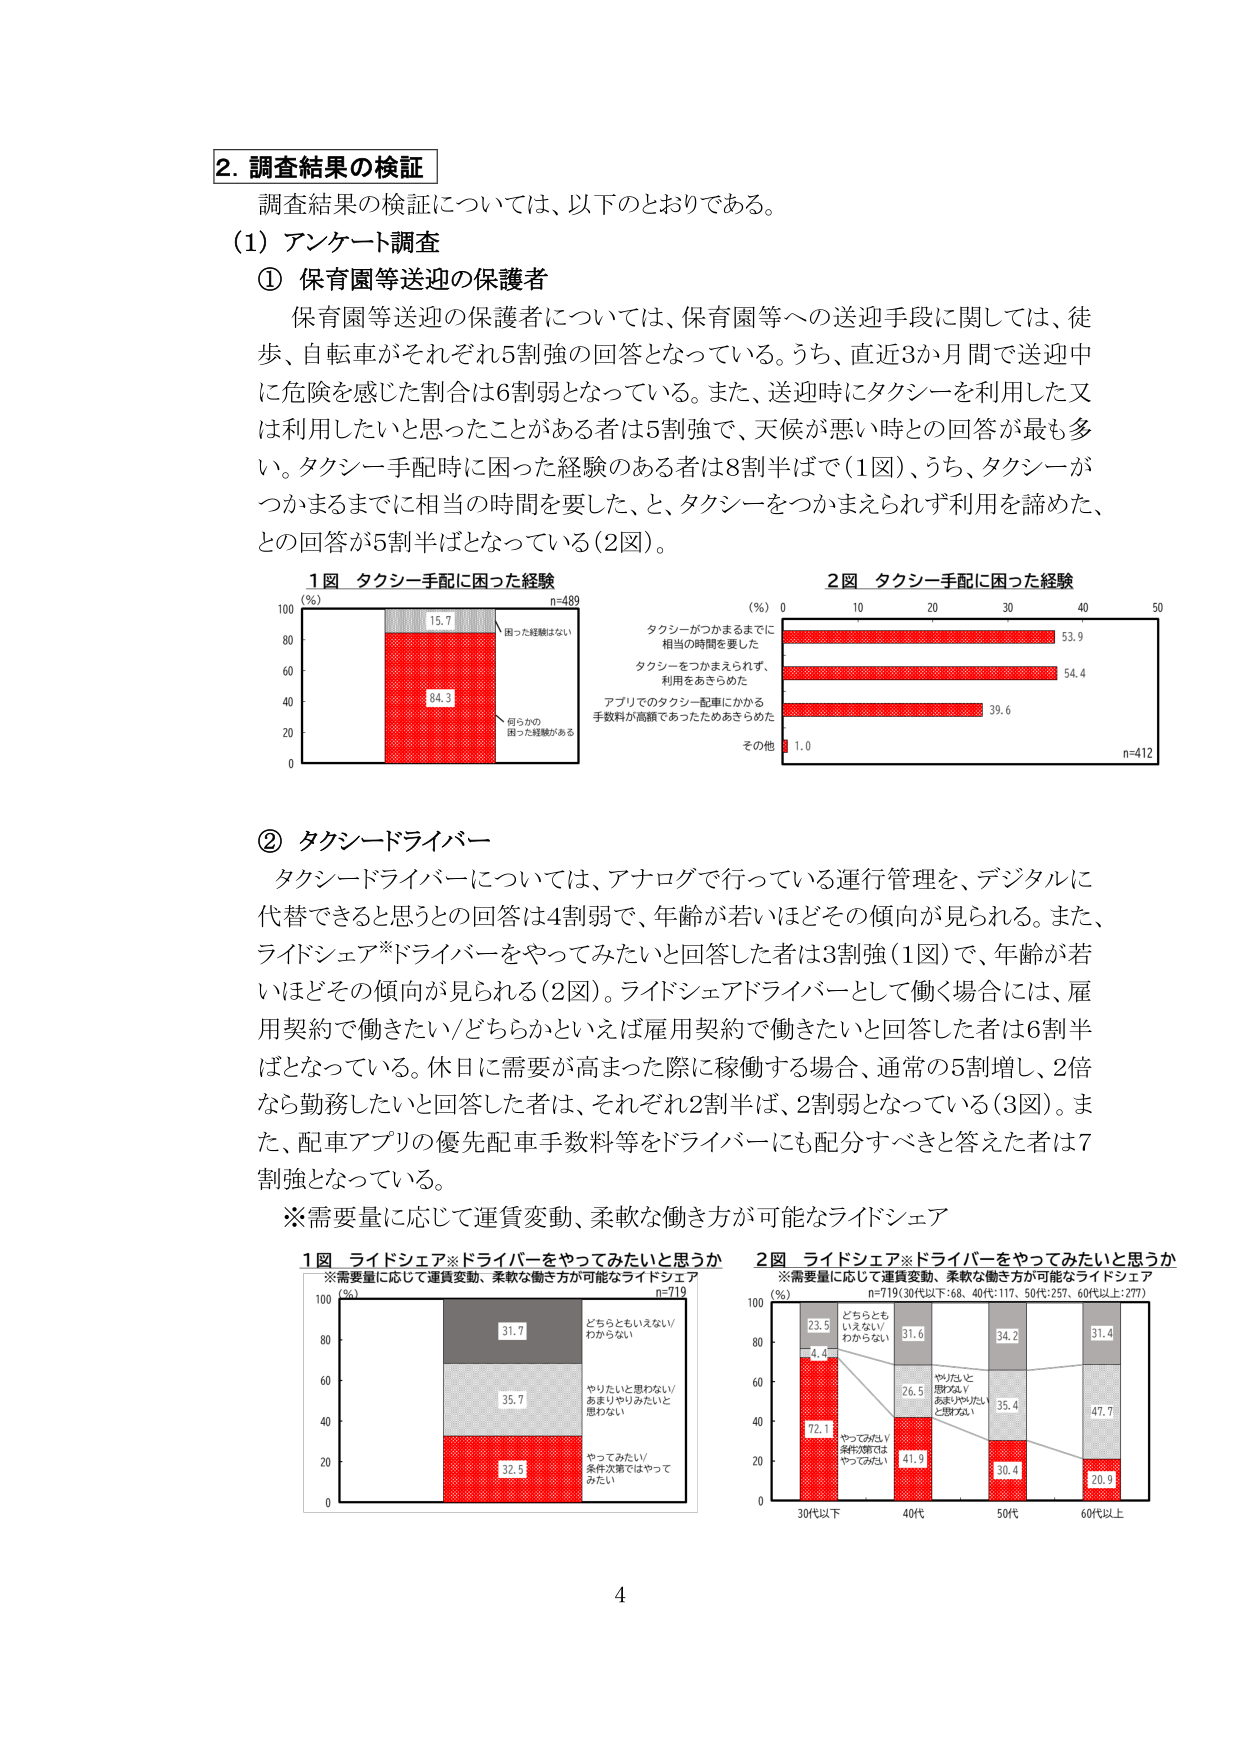
2. 調査結果の検証
調査結果の検証については、以下のとおりである。

(1) アンケート調査

① 保育園等送迎の保護者
保育園等送迎の保護者については、保育園等への送迎手段に関しては、徒歩、自転車がそれぞれ5割強の回答となっている。うち、直近3か月間で送迎中に危険を感じた割合は6割弱となっている。また、送迎時にタクシーを利用した又は利用したいと思ったことがある者は5割強で、天候が悪い時との回答が最も多い。タクシー手配時に困った経験のある者は8割半ばで（1図）、うち、タクシーがつかまるまでに相当の時間を要した、と、タクシーをつかまえられず利用を諦めた、との回答が5割半ばとなっている（2図）。

1図 タクシー手配に困った経験
（%）
100
80
60
40
20
0
n=489
15.7
困った経験はない
84.3
何らかの困った経験がある

2図 タクシー手配に困った経験
（%） 0 10 20 30 40 50
タクシーがつかまるまでに相当の時間を要した 53.9
タクシーをつかまえられず、利用をあきらめた 54.4
アプリでのタクシー配車にかかる手数料が高額であったためあきらめた 39.6
その他 1.0
n=412

② タクシードライバー
タクシードライバーについては、アナログで行っている運行管理を、デジタルに代替できると思うとの回答は4割弱で、年齢が若いほどその傾向が見られる。また、ライドシェア※ドライバーをやってみたいと回答した者は3割強（1図）で、年齢が若いほどその傾向が見られる（2図）。ライドシェアドライバーとして働く場合には、雇用契約で働きたい／どちらかといえば雇用契約で働きたいと回答した者は6割半ばとなっている。休日に需要が高まった際に稼働する場合、通常の5割増し、2倍なら勤務したいと回答した者は、それぞれ2割半ば、2割弱となっている（3図）。また、配車アプリの優先配車手数料等をドライバーにも配分すべきと答えた者は7割強となっている。

※需要量に応じて運賃変動、柔軟な働き方が可能なライドシェア

1図 ライドシェア※ドライバーをやってみたいと思うか
※需要量に応じて運賃変動、柔軟な働き方が可能なライドシェア
（%）
100
80
60
40
20
0
n=719
31.7
どちらともいえない／わからない
35.7
やりたいと思わない／あまりやりみたいと思わない
32.5
やってみたい／条件次第ではやってみたい

2図 ライドシェア※ドライバーをやってみたいと思うか
※需要量に応じて運賃変動、柔軟な働き方が可能なライドシェア
n=719（30代以下：68、40代：117、50代：257、60代以上：277）
（%）
100
80
60
40
20
0
30代以下 40代 50代 60代以上
23.5
4.4
72.1
やりたい／条件次第ではやってみたい
31.6
26.5
41.9
どちらともいえない／わからない
34.2
35.4
30.4
やりたいと思わない／あまりやりたいと思わない
31.4
47.7
20.9

4